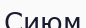
Сиюм